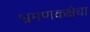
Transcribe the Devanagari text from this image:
भ्रमणकक्षेचा